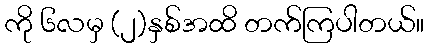
ကို ၆လမှ (၂)နှစ်အထိ တက်ကြပါတယ်။